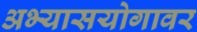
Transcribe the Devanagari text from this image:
अभ्यासयोगावर